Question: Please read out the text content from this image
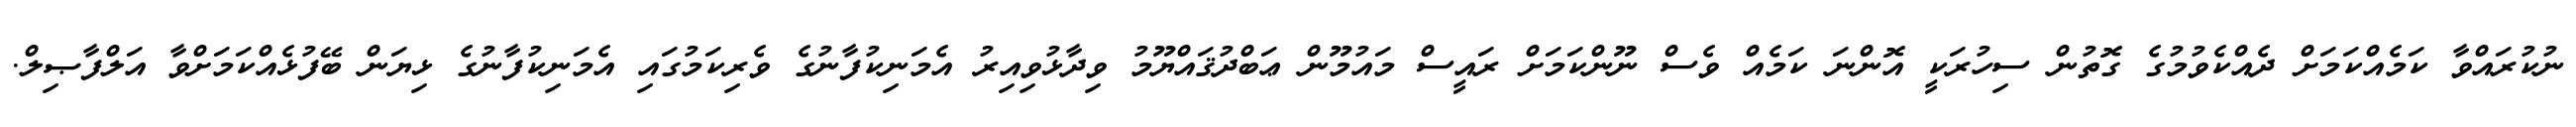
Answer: ނުކުރައްވާ ކަމެއްކަމަށް ދެއްކެވުމުގެ ގޮތުން ސިހުރަކީ އޮންނަ ކަމެއް ވެސް ނޫންކަމަށް ރައީސް މައުމޫން ޢަބްދުޤައްޔޫމު ވިދާޅުވިއިރު އެމަނިކުފާނުގެ ވެރިކަމުގައި އެމަނިކުފާނުގެ ޅިޔަން ބޭފުޅެއްކަމަށްވާ އަލްފާޞިލް.